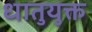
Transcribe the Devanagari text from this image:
धातुयुक्त